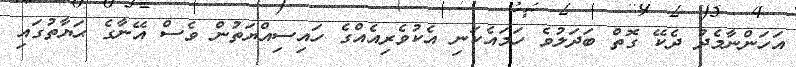
އަހަންނާމެދު ދެކޭ ގޮތް ބަދަލުވެ ހަމައެކަނި އެކުވެރިއެއްގެ ހައިސިއްޔަތުން ވެސް އޭނާގެ ޙަޔާތުގައި